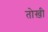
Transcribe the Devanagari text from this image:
तोख़ी